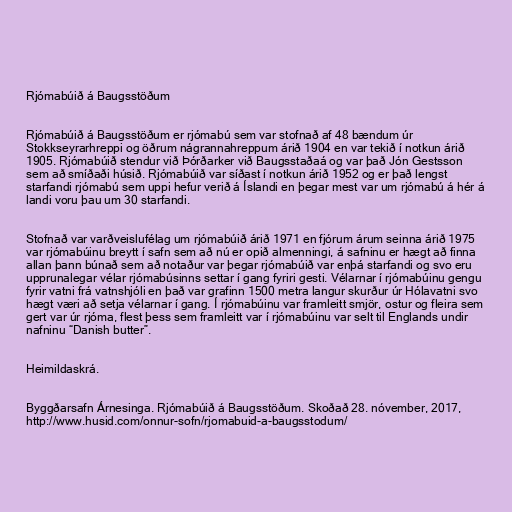
Rjómabúið á Baugsstöðum

Rjómabúið á Baugsstöðum er rjómabú sem var stofnað af 48 bændum úr
Stokkseyrarhreppi og öðrum nágrannahreppum árið 1904 en var tekið í notkun árið
1905. Rjómabúið stendur við Þórðarker við Baugsstaðaá og var það Jón Gestsson
sem að smíðaði húsið. Rjómabúið var síðast í notkun árið 1952 og er það lengst
starfandi rjómabú sem uppi hefur verið á Íslandi en þegar mest var um rjómabú á hér á
landi voru þau um 30 starfandi.

Stofnað var varðveislufélag um rjómabúið árið 1971 en fjórum árum seinna árið 1975
var rjómabúinu breytt í safn sem að nú er opið almenningi, á safninu er hægt að finna
allan þann búnað sem að notaður var þegar rjómabúið var enþá starfandi og svo eru
upprunalegar vélar rjómabúsinns settar í gang fyriri gesti. Vélarnar í rjómabúinu gengu
fyrir vatni frá vatnshjóli en það var grafinn 1500 metra langur skurður úr Hólavatni svo
hægt væri að setja vélarnar í gang. Í rjómabúinu var framleitt smjör, ostur og fleira sem
gert var úr rjóma, flest þess sem framleitt var í rjómabúinu var selt til Englands undir
nafninu “Danish butter”.

Heimildaskrá.

Byggðarsafn Árnesinga. Rjómabúið á Baugsstöðum. Skoðað 28. nóvember, 2017,
http://www.husid.com/onnur-sofn/rjomabuid-a-baugsstodum/